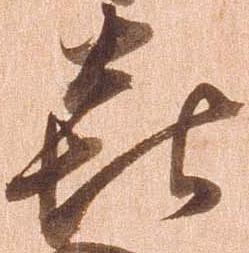
喜